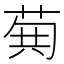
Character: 𮏐